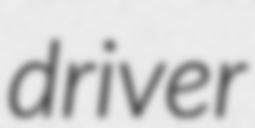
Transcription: driver